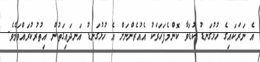
އެ ނަރަކައިގެ ހުޅުގަނޑު ކުޑަވާ ކޮންމެފަހަރަކު އެއުރެންނަށް އެ ހުޅުގަނޑު އަނދައިގަތުން އިތުރުކުރައްވަމެވެ.